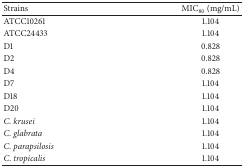
| Strains | MIC80 (mg/mL) |
 | --- | --- |
 | ATCC10261 | 1.104 |
 | ATCC24433 | 1.104 |
 | D1 | 0.828 |
 | D2 | 0.828 |
 | D4 | 0.828 |
 | D7 | 1.104 |
 | D18 | 1.104 |
 | D20 | 1.104 |
 | C. krusei | 1.104 |
 | C. glabrata | 1.104 |
 | C. parapsilosis | 1.104 |
 | C. tropicalis | 1.104 |